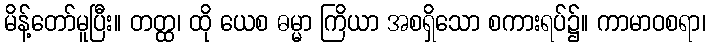
မိန့်တော်မူပြီး။ တတ္ထ၊ ထို ယေစ ဓမ္မာ ကြိယာ အစရှိသော စကားရပ်၌။ ကာမာဝစရာ၊